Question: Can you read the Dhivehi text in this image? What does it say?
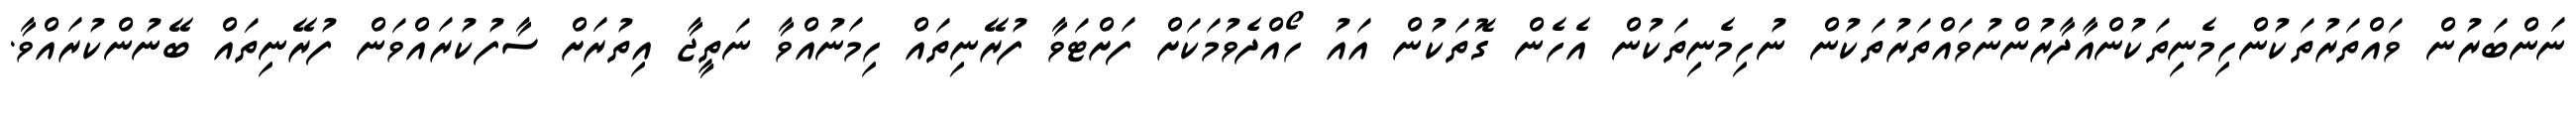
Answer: ނަންބަރުން ވައްތަރުތަކުންހިމެނިތަކުންއާދާރުންނުވައްތަރުތަކުން ނުހިމެނިތަކުން އެހެން ގޮތަކުން އައު ހޯއްދެވުމަކަށް ފަށްޓަވާ ފުރޭނިތައް ހިމަނުއްވާ ނަތީޖާ އިތުރަށް ސާފުކުރައްވަން ފުރޭނިތައް ބޭނުންކުރައްވާ.